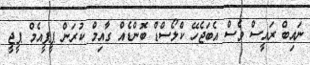
ނައިބް ރައީސް ވެސް އެބަޖެހޭ ކްލޯސްޑް ބޮންޑެއް ގާއިމް ކުރަން ޕީޕީއެމް ޕީޖީ